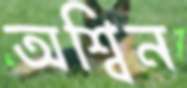
অশ্বিন